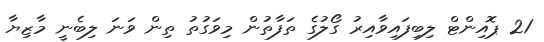
21 ޕޮއިންޓް ލިބިފައިވާއިރު ގޯލުގެ ތަފާތުން މިވަގުތު ތިން ވަނަ ލިބެނީ މާޒިޔާ